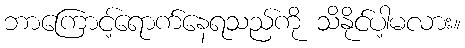
ဘာကြောင့်ရောက်နေရသည်ကို သိနိုင်ပါ့မလား။